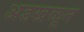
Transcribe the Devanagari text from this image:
अडखळून